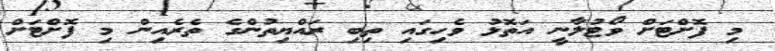
މި ފޮށްޓަށް ވޯޓުލާނީ އަތޮޅު ވެހިގައި ތިބި ރައްޔިތުންގެ ތެރެއިން މި ފޮށްޓަށް